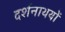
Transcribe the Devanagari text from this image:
दर्शनाथयों